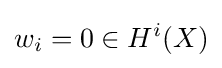
w_{i}=0\in H^{i}(X)